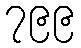
၇၉၉